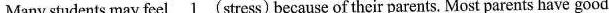
Many students may feel\underline{1} (stress) because of their parents. Most parents have good